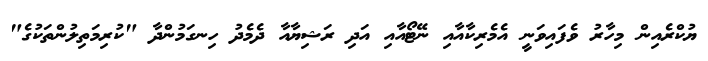
ޔުކްރެއިން މިހާރު ވެފައިވަނީ އެމެރިކާއާއި ނޭޓޯއާއި އަދި ރަޝިޔާއާ ދެމެދު ހިނގަމުންދާ "ކުރިމަތިލުންތަކުގެ"